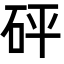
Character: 砰